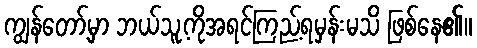
ကျွန်တော့်မှာ ဘယ်သူ့ကိုအရင်ကြည့်ရမှန်းမသိ ဖြစ်နေ၏။